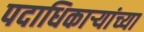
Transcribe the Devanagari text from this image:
पदाधिकार्‍यांच्या